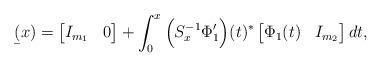
LaTeX: \begin{align*} & \b(x)=\begin{bmatrix}I_{m_1} &0 \end{bmatrix}+\int_0^x\Big(S_x^{-1}\Phi_1^{\prime}\Big)(t)^*\begin{bmatrix}\Phi_1(t) & I_{m_2} \end{bmatrix}dt,\end{align*}